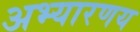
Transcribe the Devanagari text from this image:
अभ्यारणय